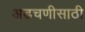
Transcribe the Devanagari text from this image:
अडचणीसाठी